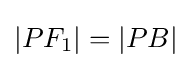
|PF_{1}|=|PB|